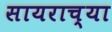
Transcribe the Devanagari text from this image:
सायराच्या